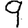
Digit: 9